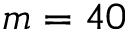
m = 4 0